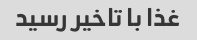
غذا با تاخیر رسید